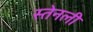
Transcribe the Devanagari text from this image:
स्तेनली